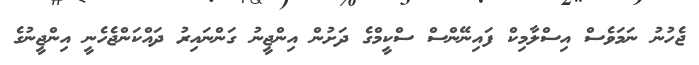
ޖެހުނު ނަމަވެސް އިސްލާމިކް ފައިނޭންސް ސްކީމްގެ ދަށުން އިންޖީނު ގަންނައިރު ދައްކަންޖެހެނީ އިންޖީނުގެ